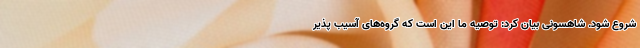
شروع شود. شاهسونی بیان کرد: توصیه ما این است که گروه‌های آسیب پذیر